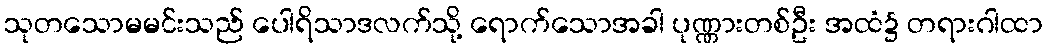
သုတသောမမင်းသည် ပေါရိသာဒလက်သို့ ရောက်သောအခါ ပုဏ္ဏားတစ်ဦး အထံ၌ တရားဂါထာ